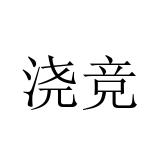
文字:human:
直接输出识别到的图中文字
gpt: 浇竞